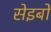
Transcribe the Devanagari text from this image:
सेइबो